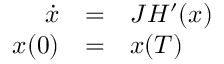
\begin{array} { r c l } { \dot { x } } & { = } & { J H ^ { \prime } ( x ) } \\ { x ( 0 ) } & { = } & { x ( T ) } \end{array}